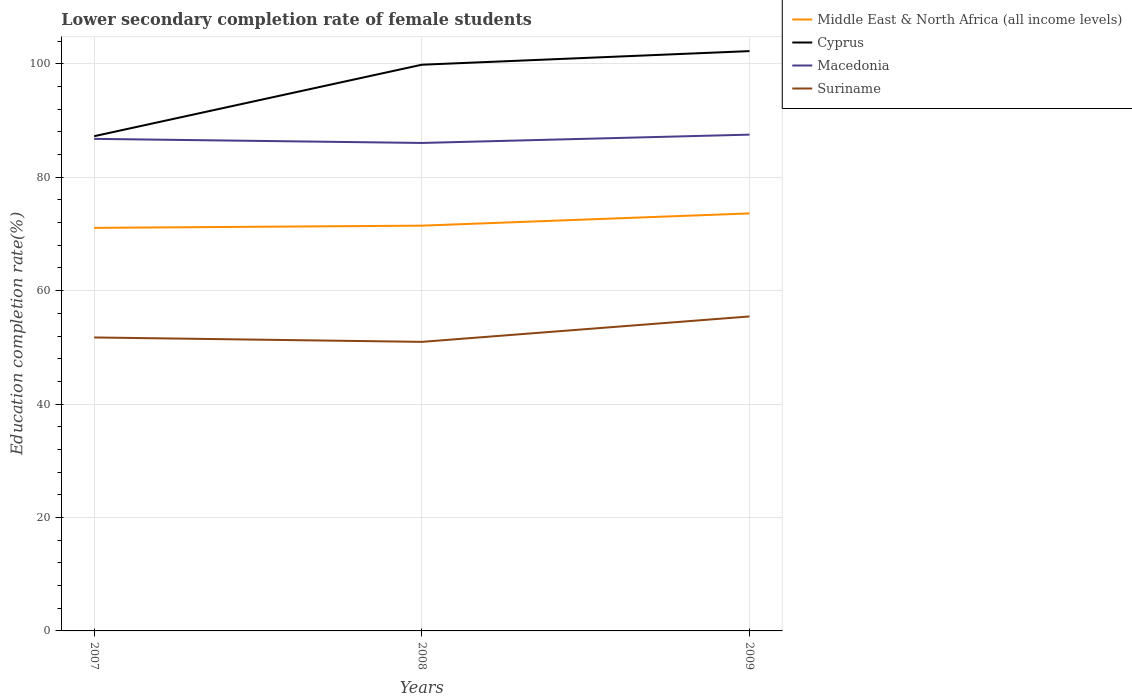
| Years | Middle East & North Africa (all income levels) | Cyprus | Macedonia | Suriname |
 | --- | --- | --- | --- | --- |
 | 2007 | 71.1 | 87.2 | 86.8 | 51.7 |
 | 2008 | 71.5 | 99.8 | 86 | 51 |
 | 2009 | 73.6 | 102 | 87.5 | 55.5 |